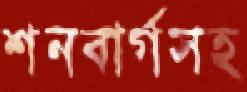
শনবার্গসহ